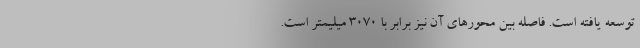
توسعه یافته است. فاصله بین محورهای آن نیز برابر با 3070 میلیمتر است.